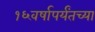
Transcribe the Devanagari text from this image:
१६वर्षापर्यंतच्या